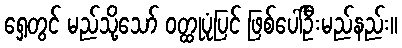
ရှေ့တွင် မည်သို့သော် ဝတ္ထုပုံပြင် ဖြစ်ပေါ်ဦးမည်နည်း။